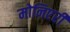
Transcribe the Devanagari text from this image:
मोनिएरी